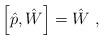
LaTeX: \begin{align*}\left[\hat p,\hat W\right]=\hat W\ ,\end{align*}